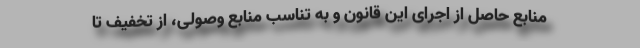
منابع حاصل از اجرای این قانون و به تناسب منابع وصولی، از تخفیف تا